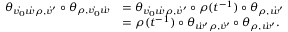
\begin{array} { r l } { \theta _ { \dot { v _ { 0 } } \dot { w } \rho , \dot { v } ^ { \prime } } \circ \theta _ { \rho , \dot { v _ { 0 } } \dot { w } } } & { = \theta _ { \dot { v _ { 0 } } \dot { w } \rho , \dot { v } ^ { \prime } } \circ \rho ( t ^ { - 1 } ) \circ \theta _ { \rho , \dot { w } ^ { \prime } } } \\ & { = \rho ( t ^ { - 1 } ) \circ \theta _ { \dot { w } ^ { \prime } \rho , \dot { v } ^ { \prime } } \circ \theta _ { \rho , \dot { w } ^ { \prime } } . } \end{array}